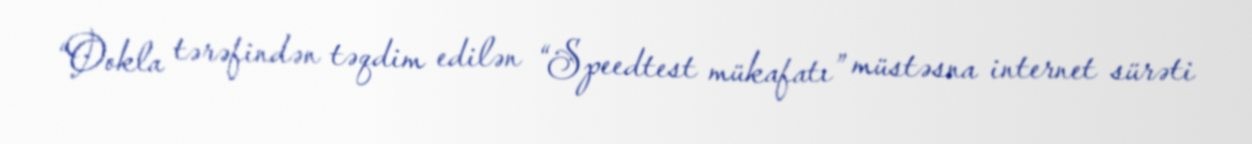
“Ookla tərəfindən təqdim edilən “Speedtest mükafatı” müstəsna internet sürəti